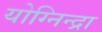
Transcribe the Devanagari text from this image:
योग्निन्द्रा